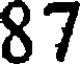
87